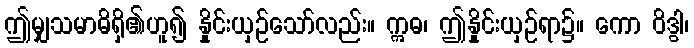
ဤမျှသမာဓိရှိ၏ဟူ၍ နှိုင်းယှဉ်သော်လည်း။ ဣဓ၊ ဤနှိုင်းယှဉ်ရာ၌။ ကော ဝိဒွါ၊